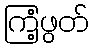
ကြံ့ဖွတ်